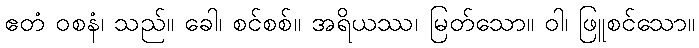
ဧတံ ဝစနံ၊ သည်။ ခေါ၊ စင်စစ်။ အရိယဿ၊ မြတ်သော။ ဝါ၊ ဖြူစင်သော။